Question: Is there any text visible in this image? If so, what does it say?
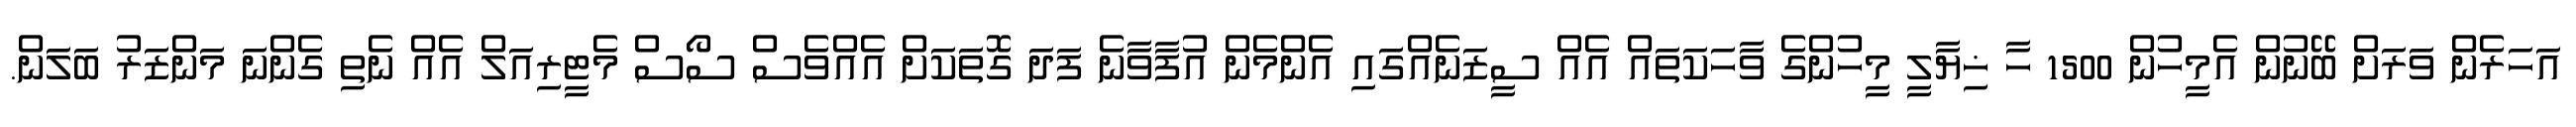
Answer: އަހަރެން ވަރަށް ބޭނުން އެމީހުން 1500 ހާ ޚިޔާލީ މީހުންގެ ވާހަކަތައް އެއް ސީޒަނެއްގައި އެންމެން އުފާވާނެ ފަދަ ގޮތަކަށް އެއްވެސް ސޯސް މެޓީރިއަލް އެއް ނެތި ގެންނަ މަންޒަރު ބަލަން.